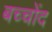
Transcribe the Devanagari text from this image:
बच्चोंद